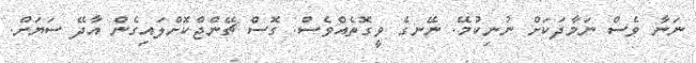
ނަނާ ވެސް ނަމާދަކަށް ނުނިކުމޭ. ނޭނގެ ވީގޮތެއްވެސް. ގޮސް ޗޭންޖްކޮށްލައިގެން އާދޭ ސަޔަށް.